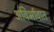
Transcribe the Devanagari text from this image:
अविर्भावात